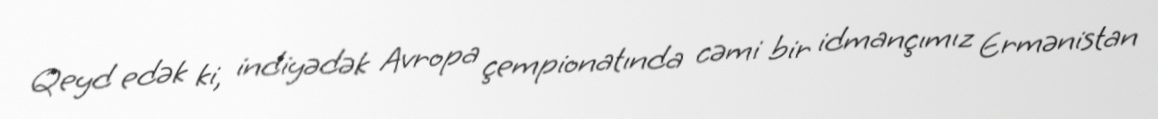
Qeyd edək ki, indiyədək Avropa çempionatında cəmi bir idmançımız Ermənistan